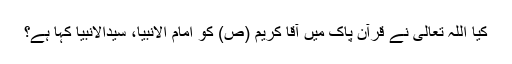
کیا اللہ تعالیٰ نے قرآن پاک میں آقا کریم (ص) کو امام الانبیا، سیدالانبیا کہا ہے؟